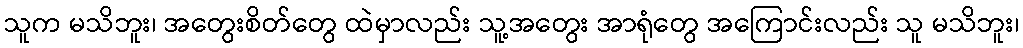
သူက မသိဘူး၊ အတွေးစိတ်တွေ ထဲမှာလည်း သူ့အတွေး အာရုံတွေ အကြောင်းလည်း သူ မသိဘူး၊